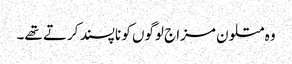
وہ متلون مزاج لوگوں کو ناپسند کرتے تھے۔